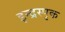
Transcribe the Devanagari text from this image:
इन्द्रस्पृक